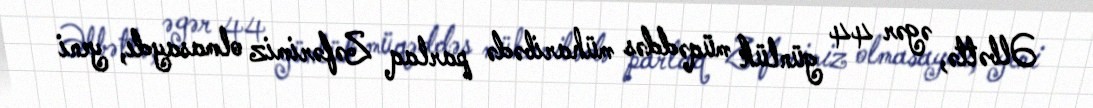
Əlbəttə, əgər 44 günlük müqəddəs müharibədə parlaq Zəfərimiz olmasaydı, yeni